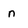
Character: n